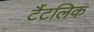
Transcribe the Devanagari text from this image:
टैंटलिक